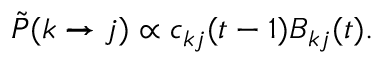
\tilde { P } ( k \xrightarrow { } j ) \propto c _ { k j } ( t - 1 ) B _ { k j } ( t ) .